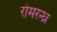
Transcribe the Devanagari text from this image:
रोमरन्ध्र